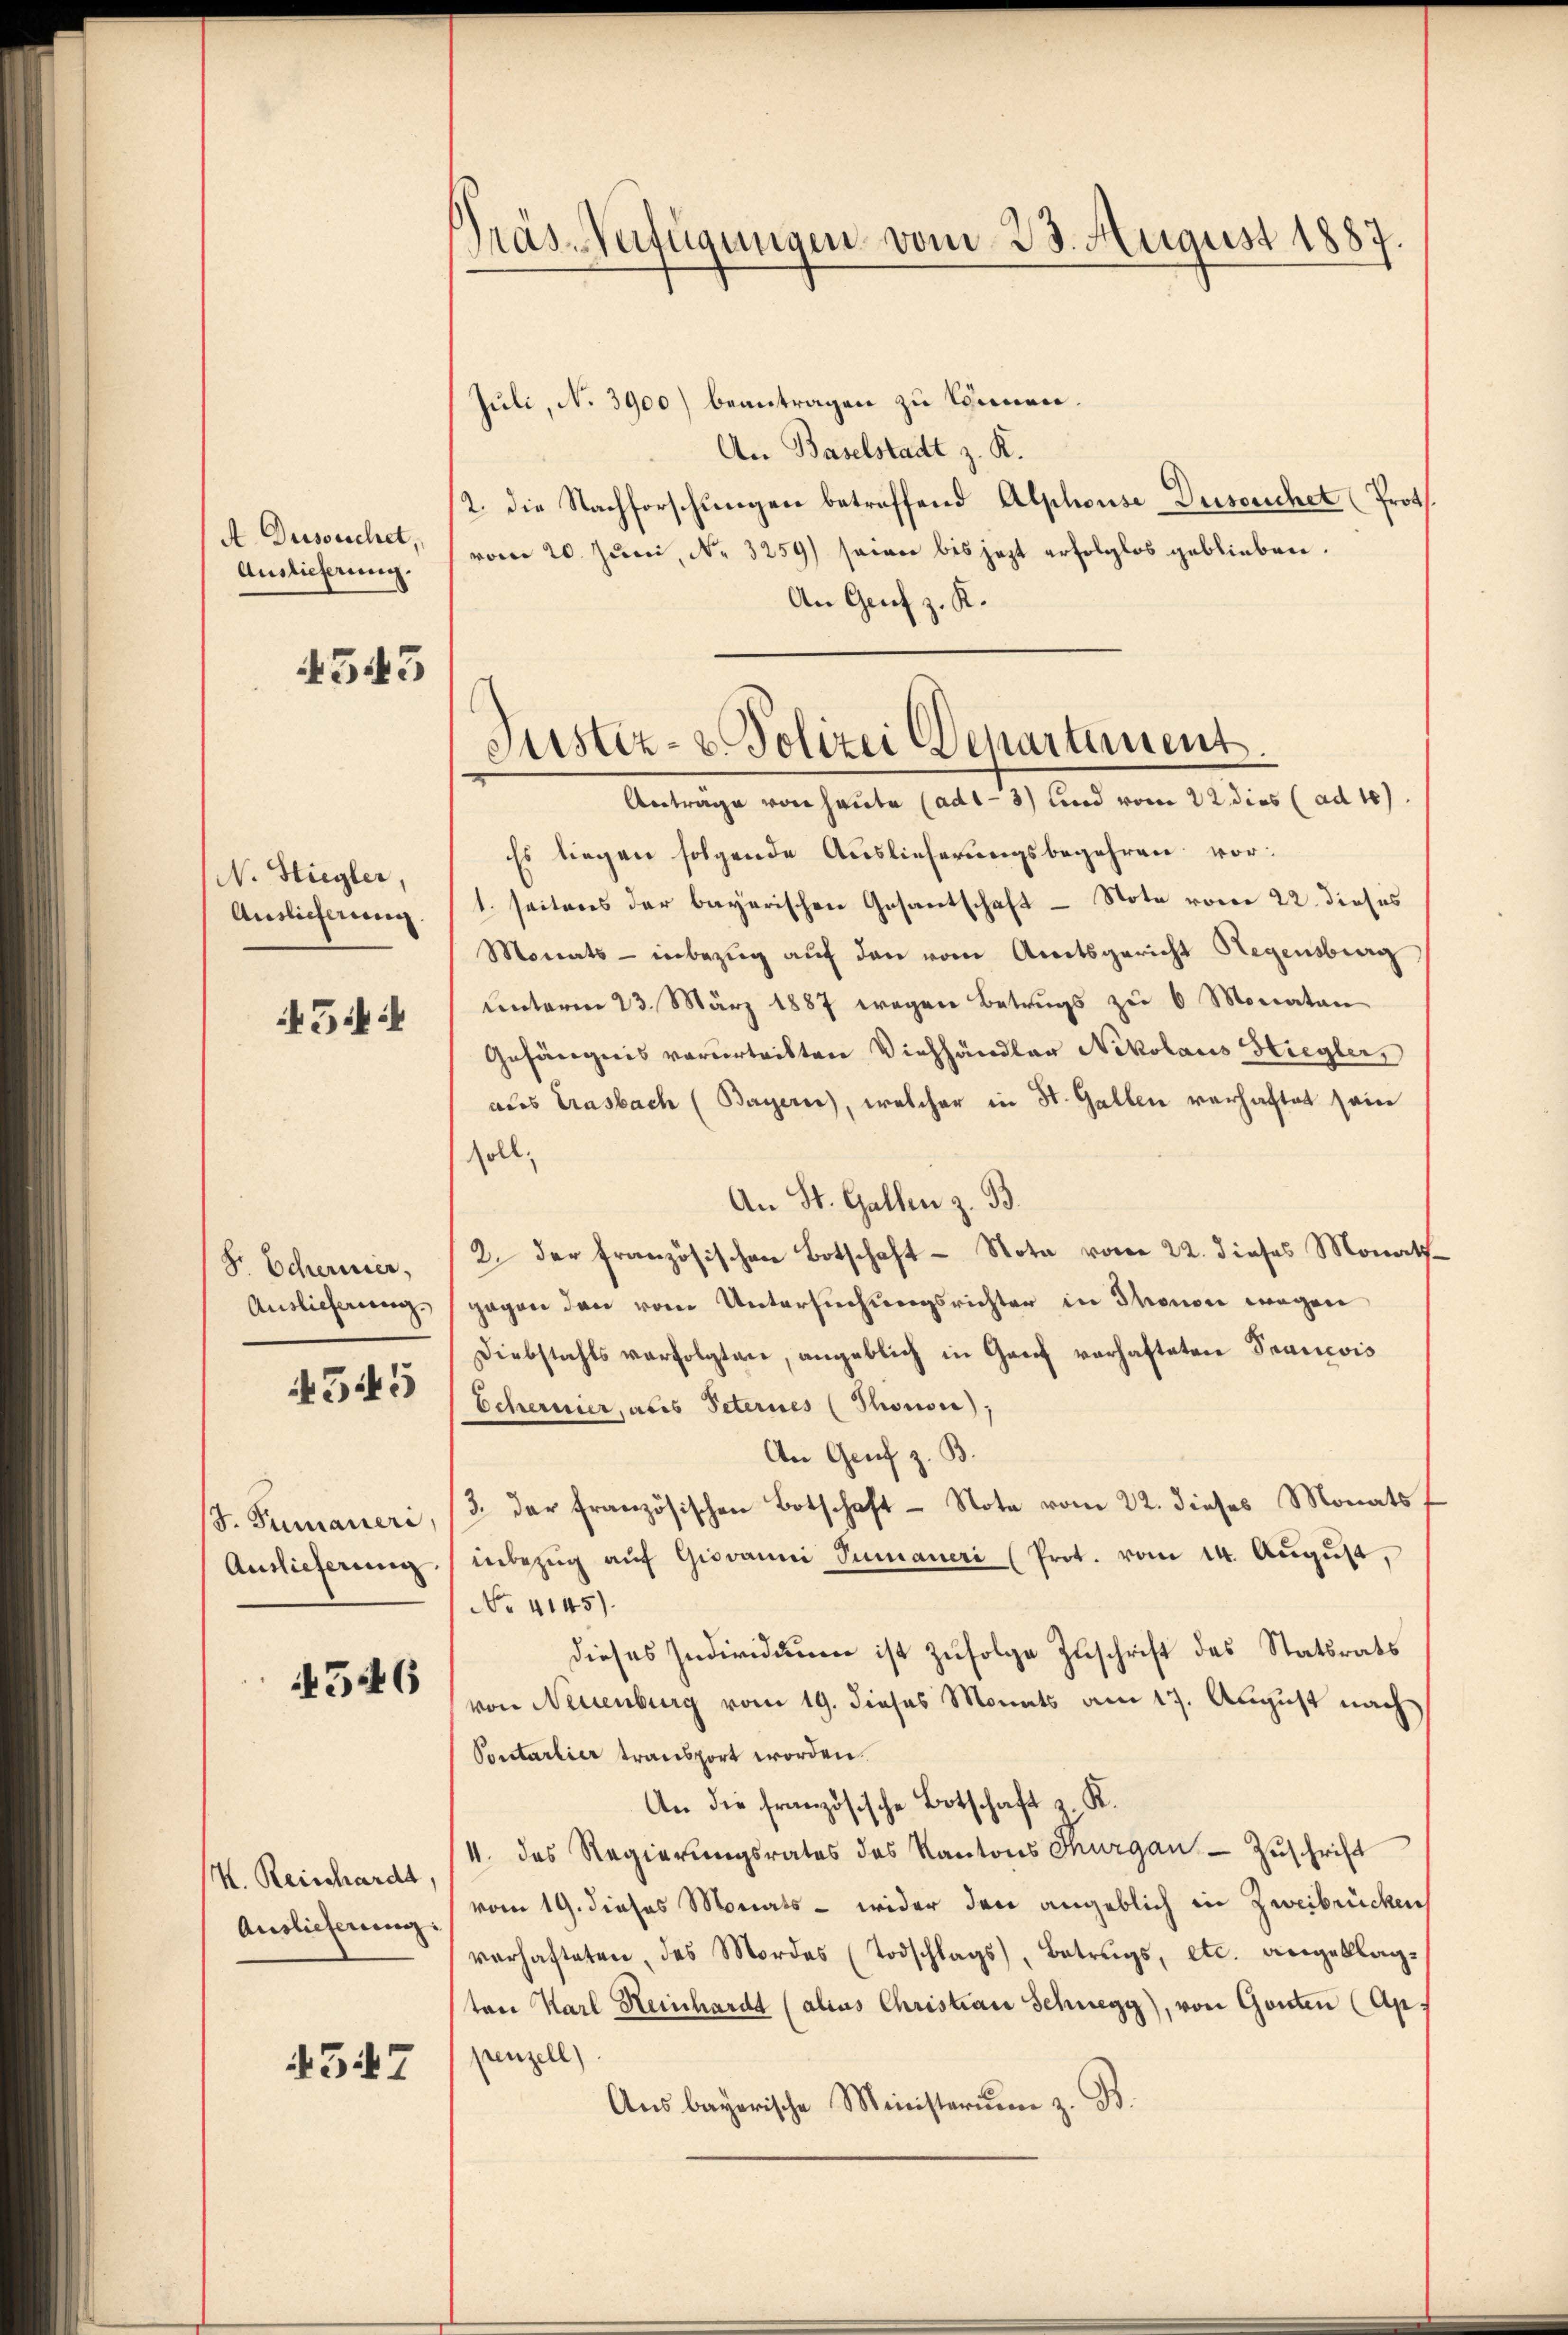
A Dursachet,
Auslieferung.

4543

N. Stiegler,
Auslieferung

54

Hr. Scherner,
4545

Auslieferung

4546

K. Reinhardt,
Auslieferung:

4547

Präs-Verfügungen vom 23. August 1887.

Juli, No 3900) beantragen zu können.
An Baselstadt z. K.
2. die Nachforschungen betreffend Alphouse-Duseuchet (Prot
vom 20. Jŭni, N. 3259) seien bis jezt erfolglos geblieben.
An Genf z. K.
Anträge von heute (ad1- 3) und vom 22 dies (ad 10
Es liegen folgende Auslieferungsbegehren vor:
1. seitens der bayerischen Gesantschaft - Note vom 22. dieses
Monats - inbezug auf den vom Amtsgericht Regensberg
unterm 23. März 1887 wegen Betrugs zu 6 Monaten
Gefängnis verurtritten Viehhändler Nikolaus Hiegler,
aus Erasbach (Bayern), welcher in St. Gallen verhaftet sein
soll,
An St. Gallen z. B.
2. der Französischen Botschaft - Nota vom 22. dieses Monath
Auslieferung gegen den vom Untersuchungsrichter in Thonon wegen
Diebstahls verfolgten, angeblich in Genf verhafteten Prancois
Schernier, als Peternes (Stionsis),
An Genf z. B.
(S. Tumaneri, (3. der französischen Botschaft Note vom 22. dieses Monatsf
inbezŭg aŭf Giovanni Tumauer (Prot. vom 14. Aŭgŭst,
No 4145).
dieses Individuum ist zufolge Zuschrift des Statsrats
von Neuenburg vom 19. dieses Monats am 17. August nach
Portarlier transport worden.
An die französische Botschaft u K.
/4. des Regierungsrates des Kantons Thurgau - Zuschrift
vom 19. dieses Monats - wider den angeblich in Zweibrücken
verhafteten, das Mordes (Todschlags), Betrags, etc. diengeklag-
ton Karl Heinhardt (alius Christian Schnegg, von Gonten (Ap.
penzell)
Aus bayerische Ministerium z. B.

Justiz- & Polizei Departement.